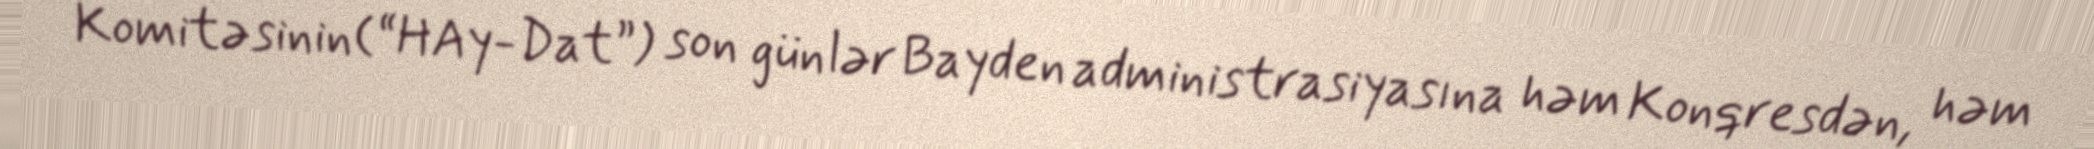
Komitəsinin(“HAy-Dat”) son günlər Bayden administrasiyasına həm Konqresdən, həm